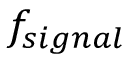
f _ { s i g n a l }